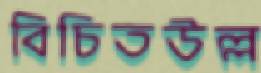
বিচিতউল্ল